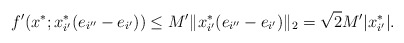
\begin{align*}f'(x^*;x_{i'}^*(e_{i''}-e_{i'}))\le M'\|x_{i'}^*(e_{i''}-e_{i'})\|_2=\sqrt{2}M'|x_{i'}^*|.\end{align*}